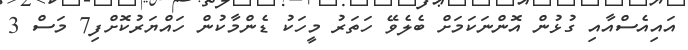
އައިއެސްއާއި ގުޅުން އޮންނަކަމަށް ބެލެވޭ ހަތަރު މީހަކު ޑެންމާކުން ހައްޔަރުކޮށްފި7 މަސް 3